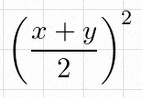
\left(\frac{x+y}{2}\right)^2